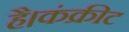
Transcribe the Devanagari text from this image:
है।कंक्रीट